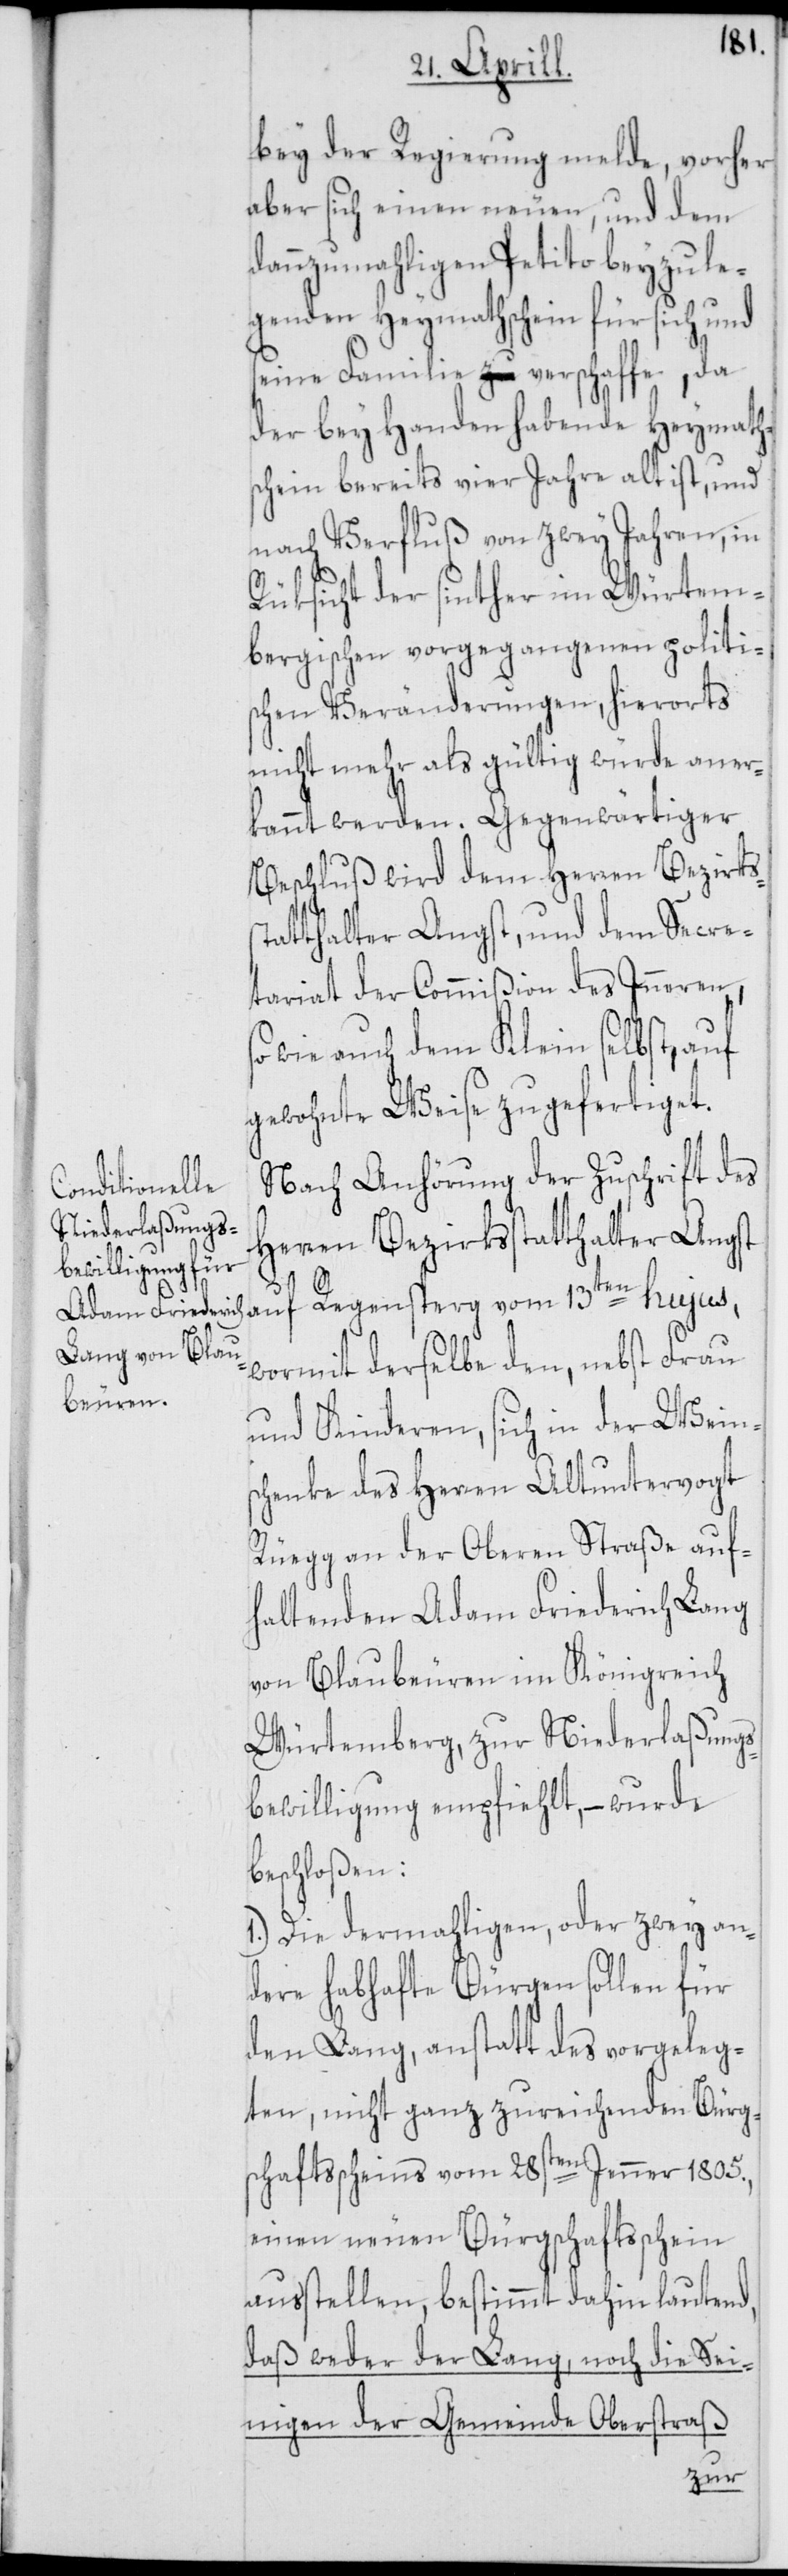
bey der Regierung melde, vorher
aber sich einen neuen, und dem
dannzumahligen Petito beyzule¬
genden Heymathschein für sich und
sein Familie verschaffe, da
der bey Handen habende Heymath¬
schein bereits vier Jahre alt ist, und
nach Verfluß von zwey Jahren, in
Rüksicht der sinther im Würtem¬
bergischen vorgegangenen politi¬
schen Veränderungen, hierorts
nicht mehr als gültig würde aner¬
kannt werden. Gegenwärtiger
Beschluß wird dem Herren Bezirks¬
tatthalter Angst, und dem Secre¬
tariat der Commißion des Inneren,
wie auch dem Klein selbst, auf
gewohnte Weise zugefertiget.
Nach Anhörung der Zuschrift des
Herren Bezirksstatthalters Angst
s¬
wormit derselbe den, nebst Frau
und Kinderen, sich in der Wein¬
schenke des Herren Altuntervogt
Rüegg an der Oberen Straße auf¬
haltenden Adam Friedrich Lang
von Blaubeuren im Königreich
Würtemberg, zur Niederlaßungs¬
bewilligung empfiehlt, – wurde
beschloßen:
1.) Die dermahligen, oder zwey an¬
dere habhafte Bürgen sollen für
den Lang, anstatt des vorgeleg¬
ten, nicht ganz zureichenden Bürg¬
schaftsscheins vom 28sten Jenner 1805.,
einen neuen Bürgschaftsschein
ausstellen, bestimmt dahin lautend,
daß weder der Lang, noch die Sei¬
nigen der Gemeinde Oberstraß